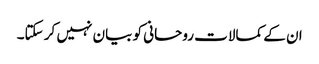
ان کے کمالات روحانی کو بیان نہیں کر سکتا۔